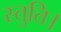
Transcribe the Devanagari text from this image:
स्तुति।